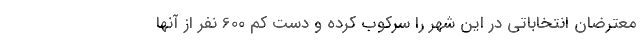
معترضان انتخاباتی در این شهر را سرکوب کرده و دست کم 600 نفر از آنها